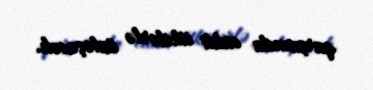
qarşısında ciddi itkilərlə üzləşəcək.